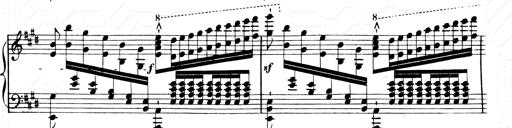
Title: 2 Transcriptions d'aprÃ¨s Rossini
Composer: Franz Liszt